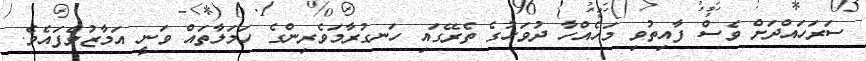
ސަރަހައްދަށް ވެސް ފާއިތުވި މަހެއްހާ ދުވަހުގެ ތެރޭގައި ހަނގުރާމަވެރިންގެ ހަމަލާތައް ވަނީ އަމާޒުވެފައެވެ.